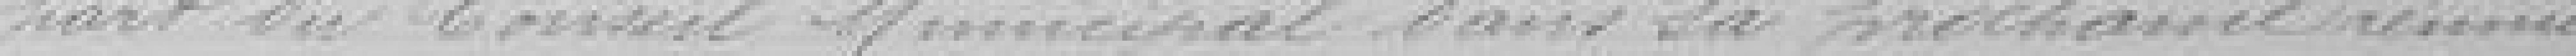
part du Conseil Municipal dans la prochaine réunion